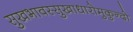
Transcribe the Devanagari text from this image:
सुखभावस्सुखाधारोमुकुन्दो